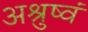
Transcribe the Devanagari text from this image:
अश्रुष्वं